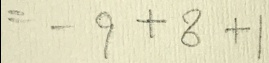
= - 9 + 8 + 1